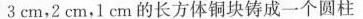
3cm，2cm，1cm的长方体铜块铸成一个圆柱